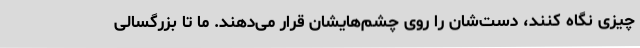
چیزی نگاه کنند، دست‌شان را روی چشم‌هایشان قرار می‌دهند. ما تا بزرگسالی